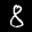
Label: 8